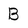
Character: B